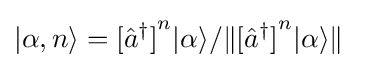
|\alpha ,n\rangle =[{{\hat {a}}^{\dagger }]}^{n}|\alpha \rangle /\|[{{\hat {a}}^{\dagger }]}^{n}|\alpha \rangle \|~